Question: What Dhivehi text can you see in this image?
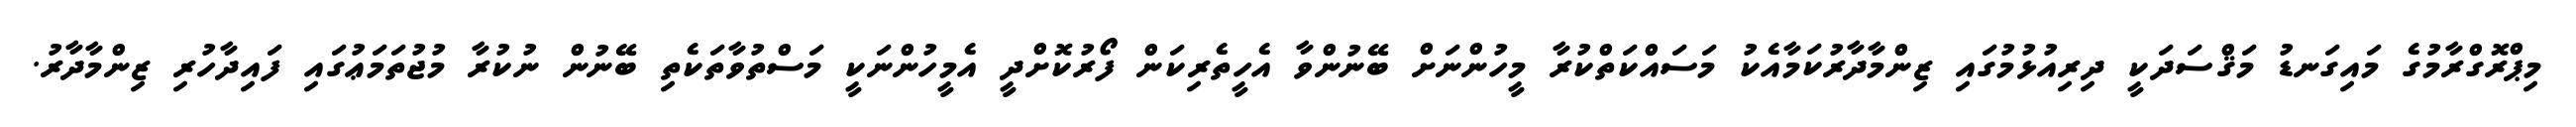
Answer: މިޕްރޮގްރާމުގެ މައިގަނޑު މަޤްސަދަކީ ދިރިއުޅުމުގައި ޒިންމާދާރުކަމާއެކު މަސައްކަތްކުރާ މީހުންނަށް ބޭނުންވާ އެހީތެރިކަން ފޯރުކޮށްދީ އެމީހުންނަކީ މަސްތުވާތަކެތި ބޭނުން ނުކުރާ މުޖުތަމަޢުގައި ފައިދާހުރި ޒިންމާދާރު.